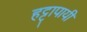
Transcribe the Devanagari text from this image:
हट्टापायी